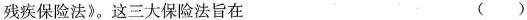
残疾保险法》。这三大保险法旨在﹙﹚